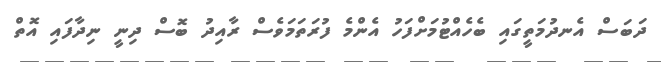
ދަބަސް އެނދުމަތީގައި ބެހެއްޓުމަށްފަހު އެންމެ ފުރަތަމަވެސް ރާއިދު ބޮސް ދިނީ ނިދާފައި އޮތް